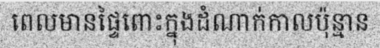
ពេលមានផ្ទៃពោះក្នុងដំណាក់កាលប៉ុន្មាន